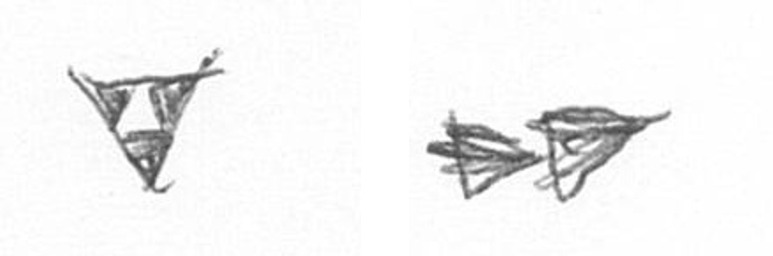
S A